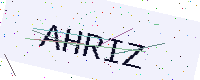
Text: AHRIZ